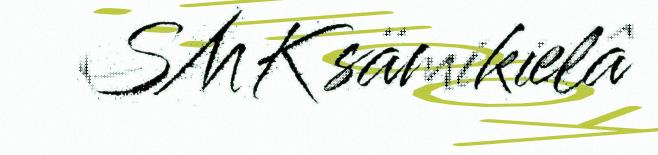
SMK sämikielâ